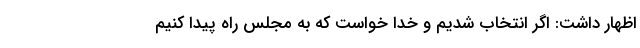
اظهار داشت: اگر انتخاب شدیم و خدا خواست که به مجلس راه پیدا کنیم